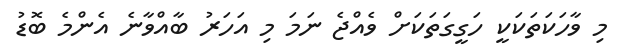
މި ވާހަކަތަކަކީ ހަގީގަތަކަށް ވެއްޖެ ނަމަ މި އަހަރު ބާއްވާނެ އެންމެ ބޮޑު